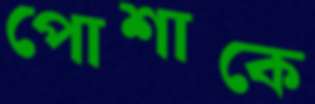
পোশাকে